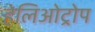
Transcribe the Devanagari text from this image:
हेलिओट्रोप